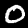
Digit: 0